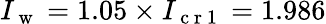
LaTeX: I_{\mathrm{~w~}}=1.05\times I_{\mathrm{~c~r~1~}}=1.986